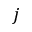
j